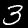
Label: 3